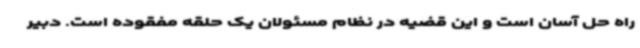
راه حل آسان است و این قضیه در نظام مسئولان یک حلقه مفقوده است. دبیر